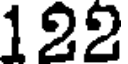
122